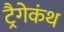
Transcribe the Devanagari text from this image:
ट्रैगेकंथ